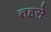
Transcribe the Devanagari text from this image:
तहसे